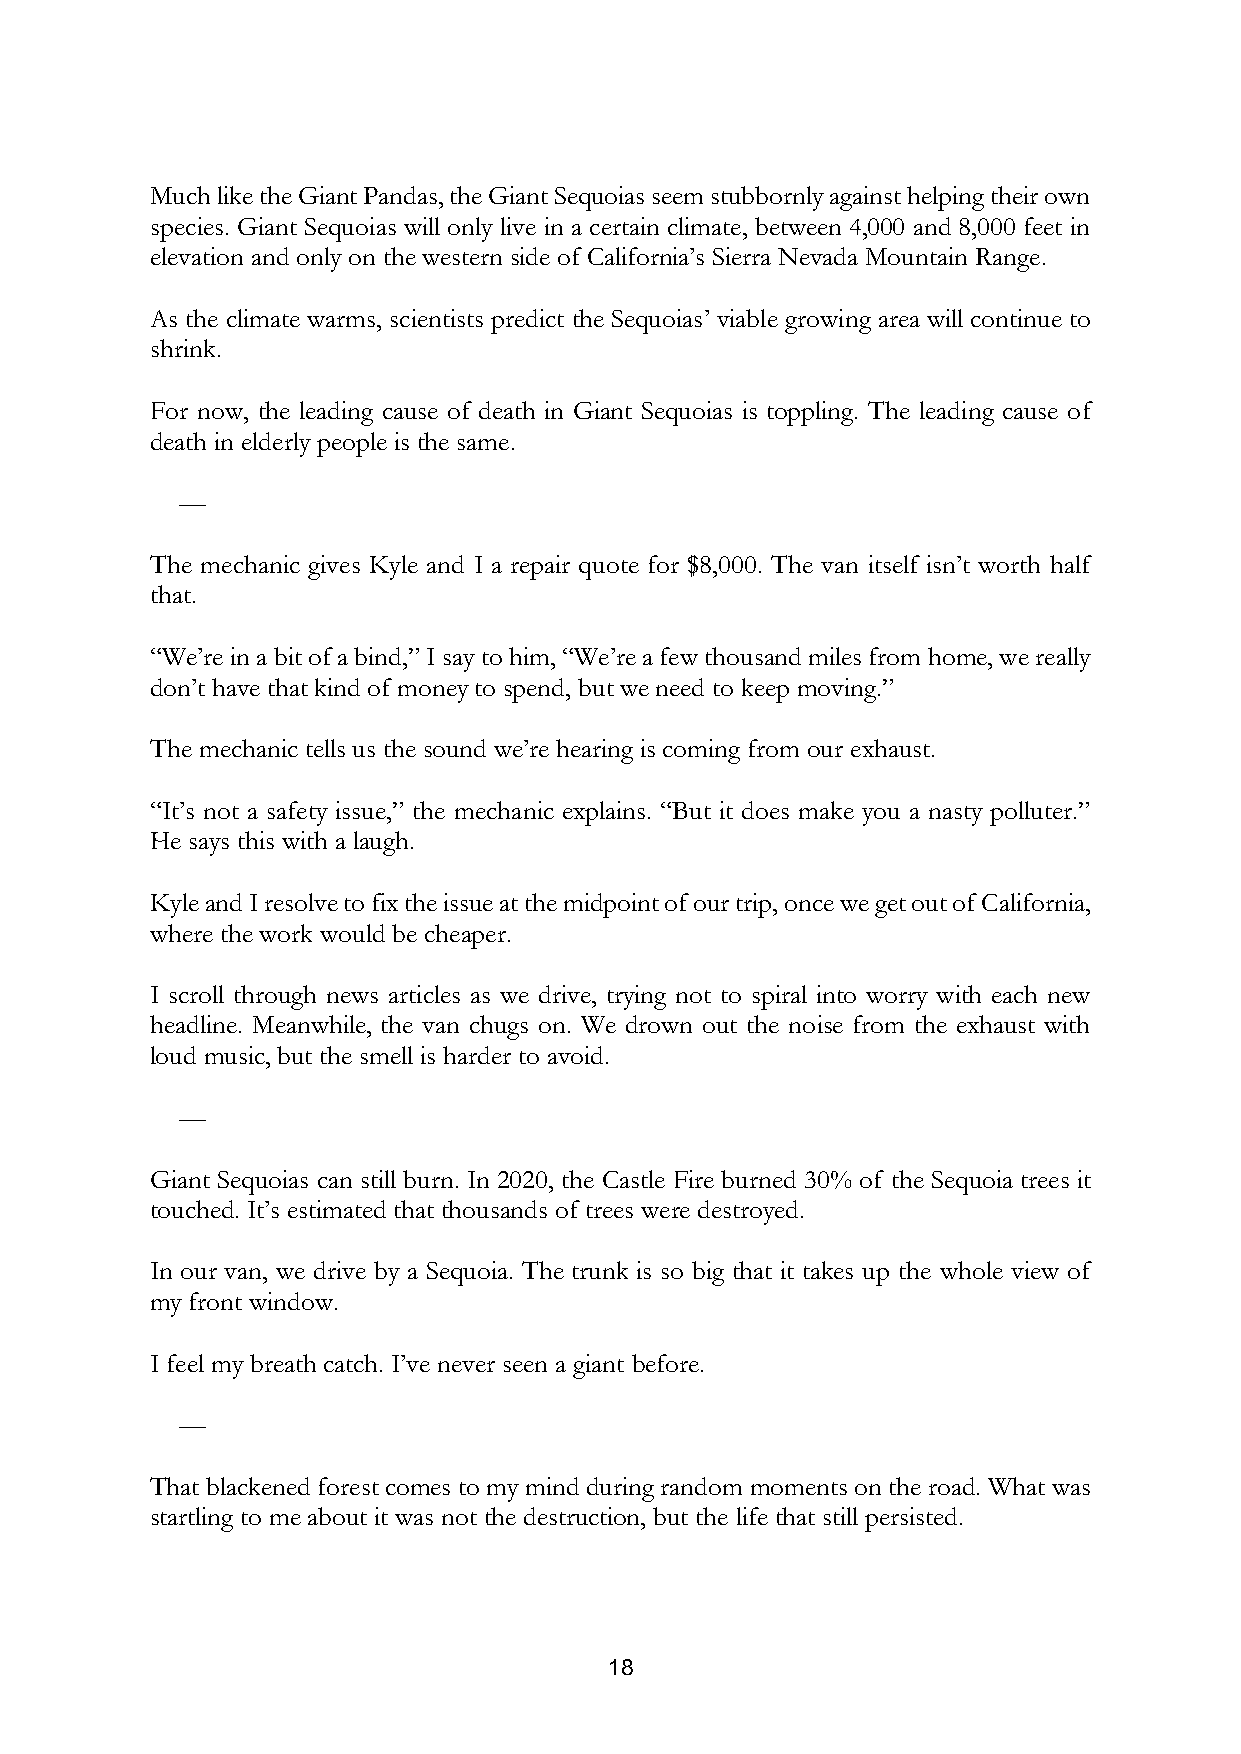
Much like the Giant Pandas, the Giant Sequoias seem stubbornly against helping their own
 species. Giant Sequoias will only live in a certain climate, between 4,000 and 8,000 feet in
 elevation and only on the western side of California’s Sierra Nevada Mountain Range.
 As the climate warms, scientists predict the Sequoias’ viable growing area will continue to
 shrink.
 For now, the leading cause of death in Giant Sequoias is toppling. The leading cause of
 death in elderly people is the same.
 —
 The mechanic gives Kyle and I a repair quote for $8,000. The van itself isn’t worth half
 that.
 “We’re in a bit of a bind,” I say to him, “We’re a few thousand miles from home, we really
 don’t have that kind of money to spend, but we need to keep moving.”
 The mechanic tells us the sound we’re hearing is coming from our exhaust.
 “It’s not a safety issue,” the mechanic explains. “But it does make you a nasty polluter.”
 He says this with a laugh.
 Kyle and I resolve to fix the issue at the midpoint of our trip, once we get out of California,
 where the work would be cheaper.
 I scroll through news articles as we drive, trying not to spiral into worry with each new
 headline. Meanwhile, the van chugs on. We drown out the noise from the exhaust with
 loud music, but the smell is harder to avoid.
 —
 Giant Sequoias can still burn. In 2020, the Castle Fire burned 30% of the Sequoia trees it
 touched. It’s estimated that thousands of trees were destroyed.
 In our van, we drive by a Sequoia. The trunk is so big that it takes up the whole view of
 my front window.
 I feel my breath catch. I’ve never seen a giant before.
 —
 That blackened forest comes to my mind during random moments on the road. What was
 startling to me about it was not the destruction, but the life that still persisted.
 18